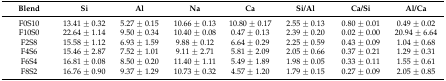
<table><thead><tr><td><b>Blend</b></td><td><b>Si</b></td><td><b>Al</b></td><td><b>Na</b></td><td><b>Ca</b></td><td><b>Si/Al</b></td><td><b>Ca/Si</b></td><td><b>Al/Ca</b></td></tr></thead><tbody><tr><td>F0S10</td><td>13.41 ± 0.32</td><td>5.27 ± 0.15</td><td>10.66 ± 0.13</td><td>10.80 ± 0.17</td><td>2.55 ± 0.13</td><td>0.80 ± 0.01</td><td>0.49 ± 0.02</td></tr><tr><td>F10S0</td><td>22.64 ± 1.14</td><td>9.50 ± 0.34</td><td>10.40 ± 0.08</td><td>0.47 ± 0.13</td><td>2.39 ± 0.20</td><td>0.02 ± 0.00</td><td>20.94 ± 6.64</td></tr><tr><td>F2S8</td><td>15.58 ± 1.12</td><td>6.93 ± 1.59</td><td>9.88 ± 0.12</td><td>6.64 ± 0.29</td><td>2.25 ± 0.59</td><td>0.43 ± 0.09</td><td>1.04 ± 0.68</td></tr><tr><td>F4S6</td><td>15.46 ± 2.87</td><td>7.52 ± 1.01</td><td>9.11 ± 2.71</td><td>5.81 ± 2.09</td><td>2.05 ± 0.66</td><td>0.37 ± 0.21</td><td>1.29 ± 0.31</td></tr><tr><td>F6S4</td><td>16.81 ± 0.08</td><td>8.50 ± 0.20</td><td>11.40 ± 1.11</td><td>5.49 ± 1.89</td><td>1.98 ± 0.05</td><td>0.33 ± 0.11</td><td>1.55 ± 0.61</td></tr><tr><td>F8S2</td><td>16.76 ± 0.90</td><td>9.37 ± 1.29</td><td>10.73 ± 0.32</td><td>4.57 ± 1.20</td><td>1.79 ± 0.15</td><td>0.27 ± 0.09</td><td>2.05 ± 0.85</td></tr></tbody></table>